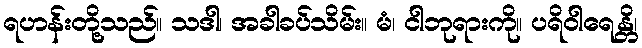
ရဟန်းတို့သည်။ သဒါ၊ အခါခပ်သိမ်း။ မံ၊ ငါဘုရားကို။ ပရိဝါရေန္တိ၊